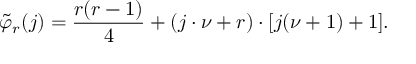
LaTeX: \tilde { \varphi } _ { r } ( j ) = \frac { r ( r - 1 ) } { 4 } + ( j \cdot \nu + r ) \cdot [ j ( \nu + 1 ) + 1 ] .